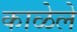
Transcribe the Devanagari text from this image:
काळेले